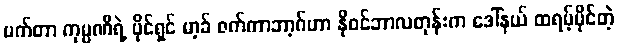
မက်တာ ကုမ္ပဏီရဲ့ ပိုင်ရှင် မာ့ခ် ဇက်ကာဘာ့ဂ်ဟာ နိုဝင်ဘာလတုန်းက ဒေါ်နယ် ထရမ့်ပိုင်တဲ့